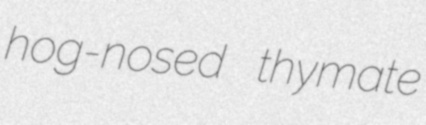
hog-nosed thymate